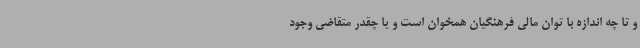
و تا چه اندازه با توان مالی فرهنگیان همخوان است و یا چقدر متقاضی وجود